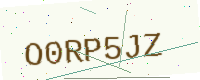
Text: O0RP5JZ